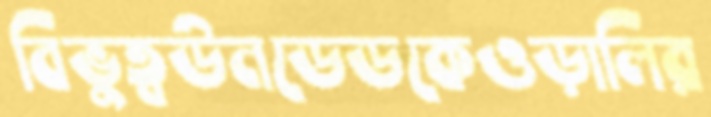
বিভুত্বউনডেডকেওড়ালির